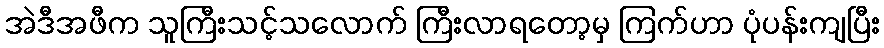
အဲဒီအဖီက သူကြီးသင့်သလောက် ကြီးလာရတော့မှ ကြက်ဟာ ပုံပန်းကျပြီး